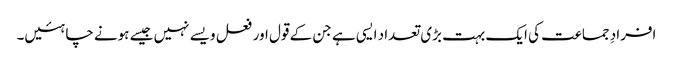
افرادِ جماعت کی ایک بہت بڑی تعداد ایسی ہے جن کے قول اور فعل ویسے نہیں جیسے ہونے چاہئیں۔